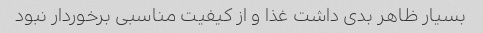
بسیار ظاهر بدی داشت غذا و از کیفیت مناسبی برخوردار نبود